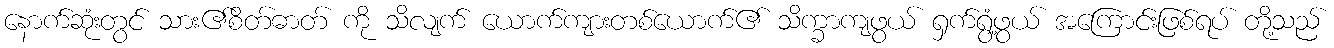
နောက်ဆုံးတွင် သား၏စိတ်ဓာတ် ကို သိလျက် ယောက်ကျားတစ်ယောက်၏ သိက္ခာကျဖွယ် ရှက်ရွံ့ဖွယ် အကြောင်းဖြစ်ရပ် တို့သည်